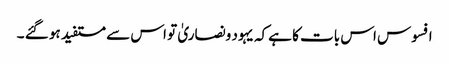
افسوس اس بات کا ہےکہ یہود ونصاریٰ تو اس سے مستفید ہو گئے ۔